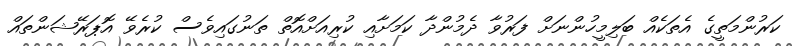
ކަރުންމަތީގެ އެތަކެއް ބަލިމީހުންނަށް ފަރުވާ ދެމުންދާ ކަމަށާއި ކުރިއަށްއޮތް ތަނުގައިވެސް ކުރެވޭ އޮޕަރޭޝަންތައް